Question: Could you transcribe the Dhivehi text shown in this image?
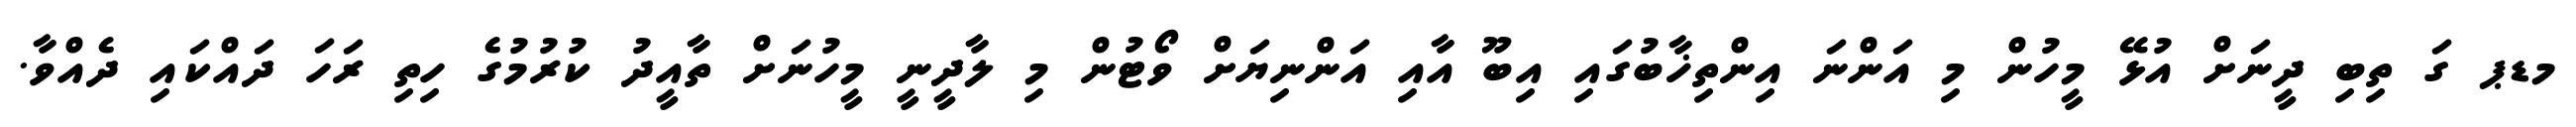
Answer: މޑޕ ގަ ތިބި ދީނަށް އުޅޭ މީހުން މި އަންނަ އިންތިޚާބުގައި އިބޫ އާއި އަންނިޔަށް ވޯޓުން މި ލާދީނީ މީހުނަށް ތާއީދު ކުރުމުގެ ހިތި ރަހަ ދައްކައި ދެއްވާ.